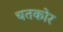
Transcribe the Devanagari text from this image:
चतकोर